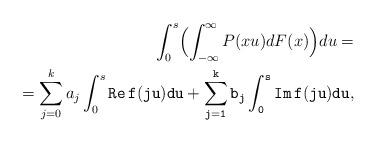
LaTeX: \begin{align*}\begin{aligned}\int_{0}^{s}\Bigl(\int_{-\infty}^{\infty} P(xu)dF(x) \Bigr)du=\\ =\sum_{j=0}^k a_j \int_{0}^{s}\tt{Re}\, f(ju)du + \sum_{j=1}^k b_j \int_{0}^{s}\tt{Im}\, f(ju)du,\end{aligned}\end{align*}